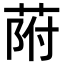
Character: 𦱖